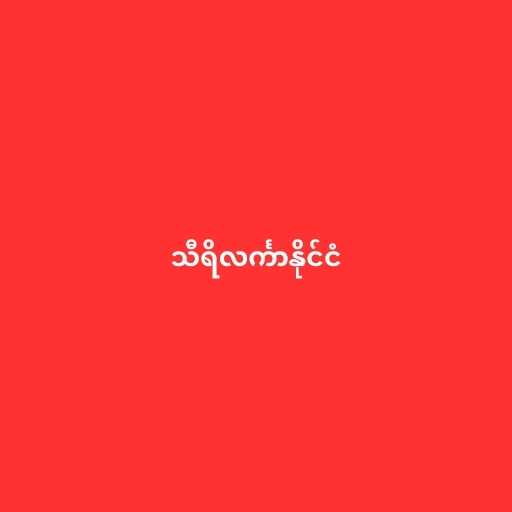
သီရိလင်္ကာနိုင်ငံ